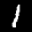
Label: 1